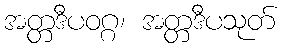
အတ္တဒီပဝဂ္ဂ၊ အတ္တဒီပသုတ်